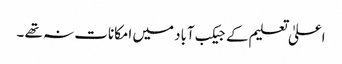
اعلیٰ تعلیم کے جیکب آباد میں امکانات نہ تھے ۔